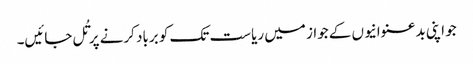
جو اپنی بدعنوانیوں کے جواز میں ریاست تک کو برباد کرنے پر تُل جائیں۔